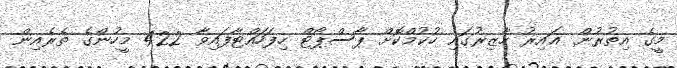
މީގެ އިތުރުން